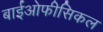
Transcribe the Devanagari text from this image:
बाईओफीसिकल